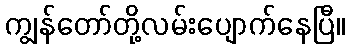
ကျွန်တော်တို့လမ်းပျောက်နေပြီ။